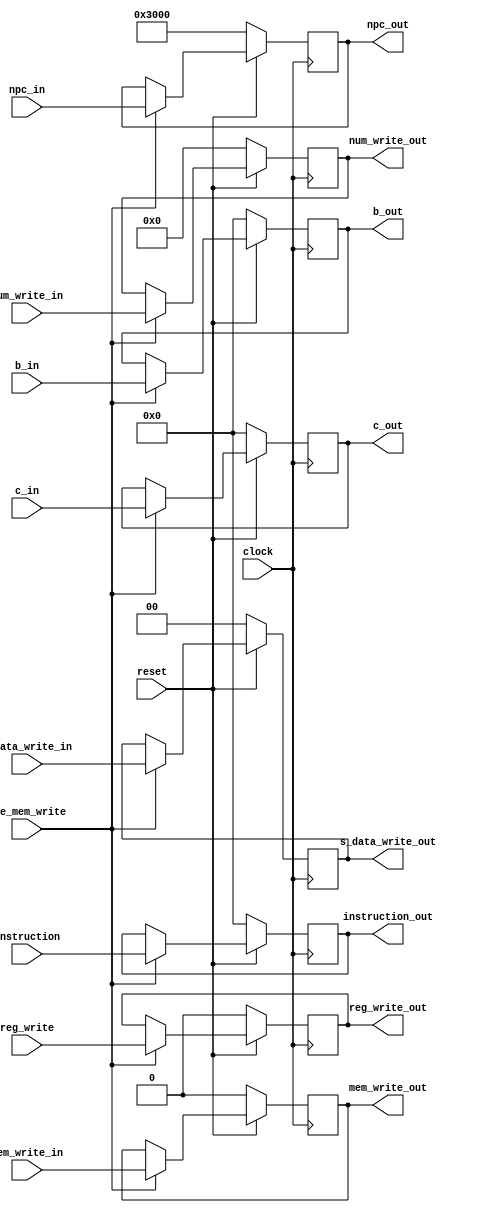
module exe_mem(
			   input [31:0] npc_in,c_in,b_in,
			   output reg [31:0] npc_out,c_out,b_out,
			   input [4:0] num_write_in,
			   output reg [4:0] num_write_out,
			   input mem_write_in,
			   output reg mem_write_out,
			   input [1:0] s_data_write_in,
			   output reg [1:0] s_data_write_out,
			   input reg_write,
			   output reg reg_write_out,
			   input [31:0] instruction,
			   output reg [31:0] instruction_out,
			   input clock,
			   input reset,
			   input exe_mem_write
			   );

always@(posedge clock)
begin
	if(!reset)
		begin
		npc_out <= 32'h0000_3000;
		c_out <= 32'h0000_0000;
		b_out <= 32'h0000_0000;
		num_write_out <= 5'b00000;
		mem_write_out <= 0;
		s_data_write_out <= 0;
		reg_write_out <= 0;
		instruction_out <= 32'h0000_0000;
		end
	else 
		begin
		if(exe_mem_write==1)
			begin
			npc_out <= npc_in;
			c_out <= c_in;
			b_out <= b_in;
			num_write_out <= num_write_in;
			mem_write_out <= mem_write_in;
			s_data_write_out <= s_data_write_in;
			reg_write_out <= reg_write;
			instruction_out <= instruction;
			end
		end
end

endmodule